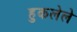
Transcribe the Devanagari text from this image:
हुकलेले